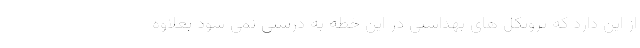
از این دارد که پروتکل های بهداشتی در این خطه به درستی نمی شود بعلاوه